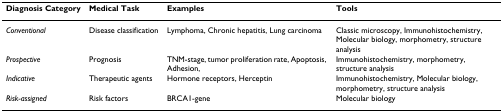
| Diagnosis Category | Medical Task | Examples | Tools |
 | --- | --- | --- | --- |
 | Conventional | Disease classification | Lymphoma, Chronic hepatitis, Lung carcinoma | Classic microscopy, Immunohistochemistry, Molecular biology, morphometry, structure analysis |
 | Prospective | Prognosis | TNM-stage, tumor proliferation rate, Apoptosis, Adhesion, | Immunohistochemistry, morphometry, structure analysis |
 | Indicative | Therapeutic agents | Hormone receptors, Herceptin | Immunohistochemistry, Molecular biology, morphometry, structure analysis |
 | Risk-assigned | Risk factors | BRCA1-gene | Molecular biology |